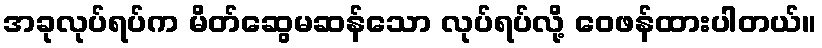
အခုလုပ်ရပ်က မိတ်ဆွေမဆန်သော လုပ်ရပ်လို့ ဝေဖန်ထားပါတယ်။